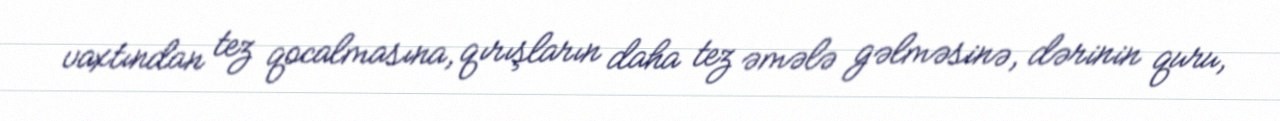
vaxtından tez qocalmasına, qırışların daha tez əmələ gəlməsinə, dərinin quru,